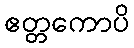
ဧတ္တကောပိ